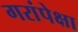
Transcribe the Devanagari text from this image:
गरांपेक्षा